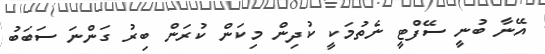
އޭނާ ބުނީ ސޭފްޓީ ނެތުމަކީ ކުދިން މިކަން ކުރަން ބިރު ގަންނަ ސަބަބު